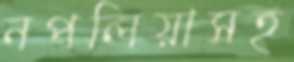
নপলিয়াসহ